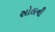
સોલની